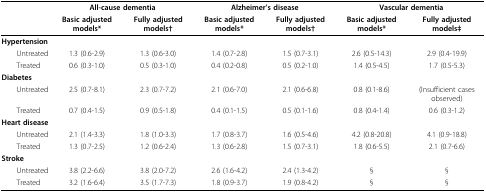
|  | <COLSPAN=2> All-cause dementia | <COLSPAN=2> Alzheimer's disease | <COLSPAN=2> Vascular dementia |
 |  | Basic adjusted models* | Fully adjusted models† | Basic adjusted models* | Fully adjusted models† | Basic adjusted models* | Fully adjusted models‡ |
 | --- | --- | --- | --- | --- | --- | --- |
 | Hypertension |  |  |  |  |  |  |
 | Untreated | 1.3 (0.6-2.9) | 1.3 (0.6-3.0) | 1.4 (0.7-2.8) | 1.5 (0.7-3.1) | 2.6 (0.5-14.3) | 2.9 (0.4-19.9) |
 | Treated | 0.6 (0.3-1.0) | 0.5 (0.3-1.0) | 0.4 (0.2-0.8) | 0.5 (0.2-1.0) | 1.4 (0.5-4.5) | 1.7 (0.5-5.3) |
 | Diabetes |  |  |  |  |  |  |
 | Untreated | 2.5 (0.7-8.1) | 2.3 (0.7-7.2) | 2.1 (0.6-7.0) | 2.1 (0.6-6.8) | 0.8 (0.1-8.6) | (Insufficient cases observed) |
 | Treated | 0.7 (0.4-1.5) | 0.9 (0.5-1.8) | 0.4 (0.1-1.5) | 0.5 (0.1-1.6) | 0.8 (0.4-1.4) | 0.6 (0.3-1.2) |
 | Heart disease |  |  |  |  |  |  |
 | Untreated | 2.1 (1.4-3.3) | 1.8 (1.0-3.3) | 1.7 (0.8-3.7) | 1.6 (0.5-4.6) | 4.2 (0.8-20.8) | 4.1 (0.9-18.8) |
 | Treated | 1.3 (0.7-2.5) | 1.2 (0.6-2.4) | 1.3 (0.6-2.8) | 1.5 (0.7-3.1) | 1.8 (0.6-5.5) | 2.1 (0.7-6.6) |
 | Stroke |  |  |  |  |  |  |
 | Untreated | 3.8 (2.2-6.6) | 3.8 (2.0-7.2) | 2.6 (1.6-4.2) | 2.4 (1.3-4.2) | § | § |
 | Treated | 3.2 (1.6-6.4) | 3.5 (1.7-7.3) | 1.8 (0.9-3.7) | 1.9 (0.8-4.2) | § | § |